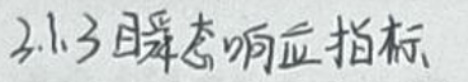
3.1.3 瞬态响应指标